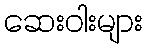
ဆေးဝါးများ